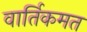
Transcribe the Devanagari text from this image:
वार्तिकमत